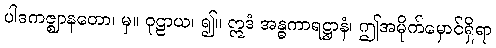
ပါဒကဇ္ဈာနတော၊ မှ။ ဝုဠာယ၊ ၍။ ဣဒံ အန္ဓကာရဋ္ဌာနံ၊ ဤအမိုက်မှောင်ရှိရာ